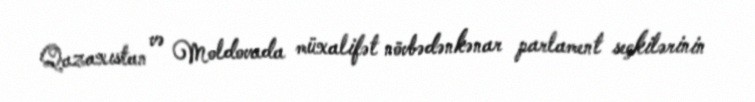
Qazaxıstan və Moldovada müxalifət növbədənkənar parlament seçkilərinin